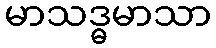
မာသဒ္ဓမာသာ